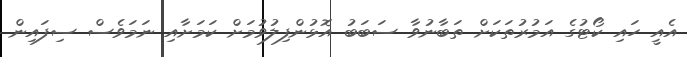
އެއީ ހައި ކޯޓުގެ އަމުރުތަކަށް ތަބާނުވާ ސަބަބު އޮޅުންފިލުވުމަށް ކަމަށާއި ނަމަވެސް ސިފައިން